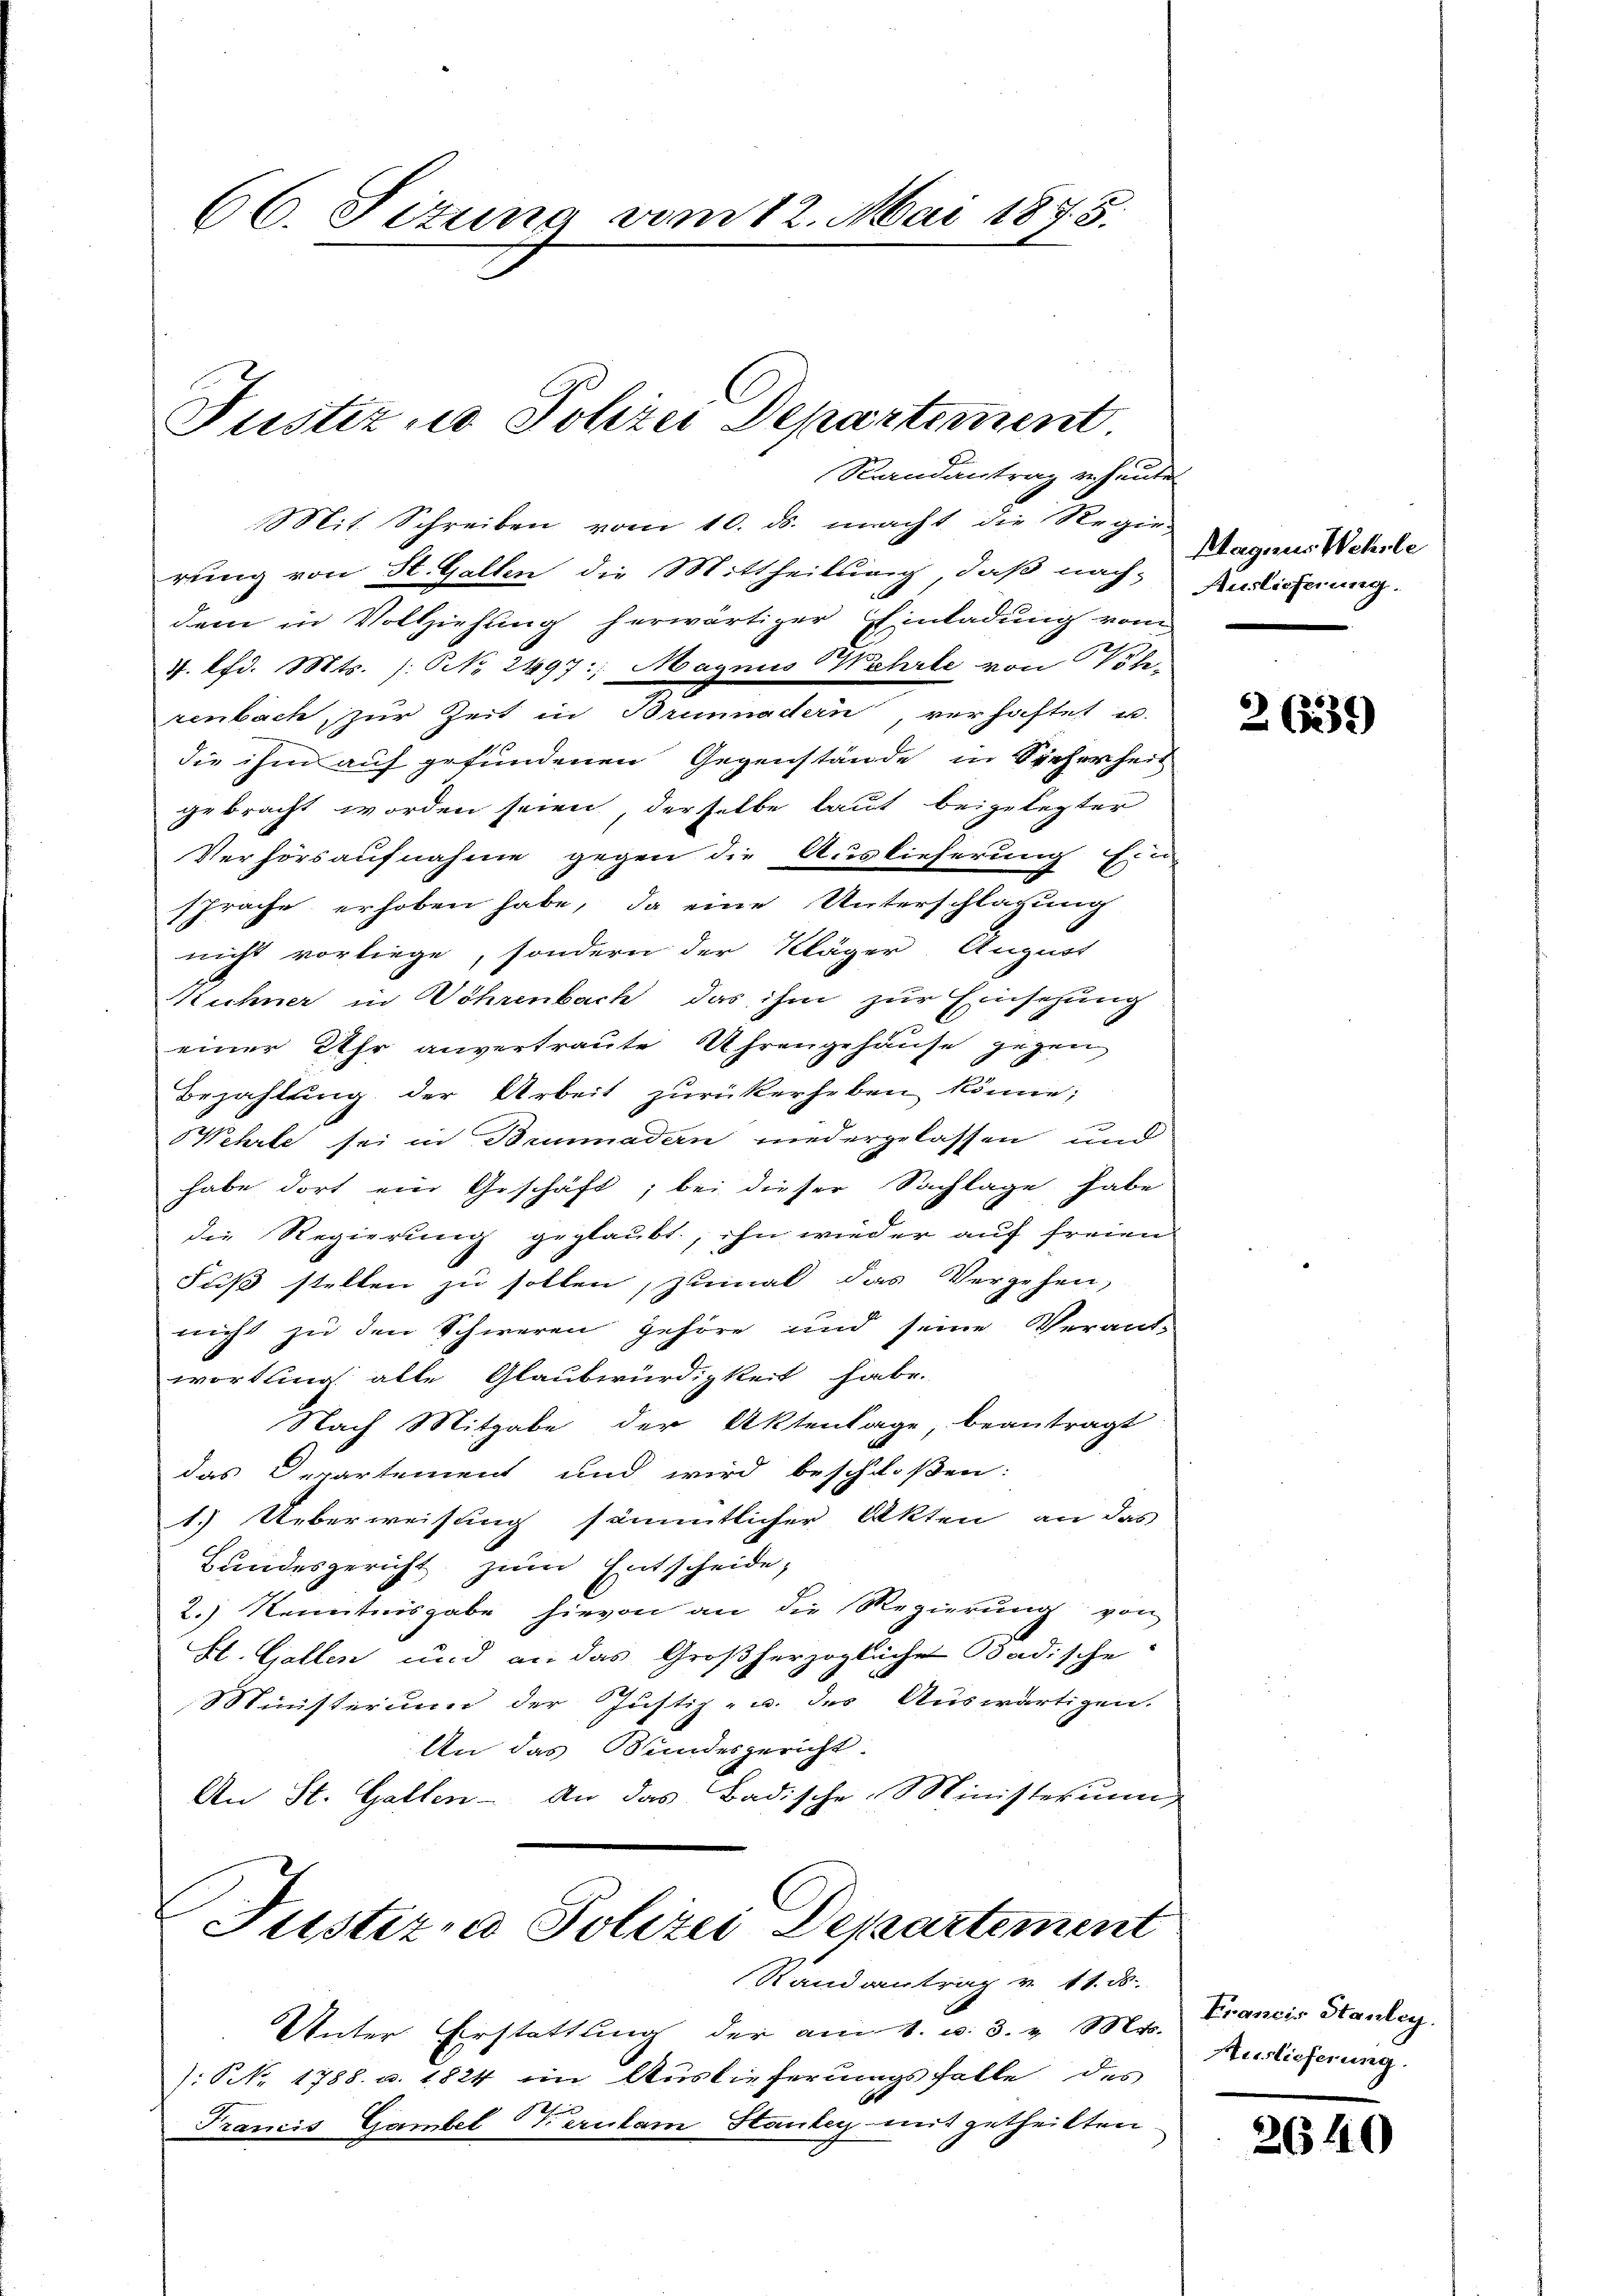
66. Sizung vom 12. Mai 1875.

Justiz u. Polizei Departement

Mit Schreiben vom 10. ds. macht die Regie-
rung von St. Gallen die Mittheilung, daß nach-
dem in Vollziehung herwärtiger Einladung vom
4. lfd. Mts. (: No 2497: Magnus Wehrte von Völ-
zenbach, zur Zeit in Brunnadtern verhaftet u.
die ihm auf gefundenen Gegenstände in Sicherheit
gebracht worden seien derselbe laut beigelegter
Verhörsaufnahme gegen die Auslieferung Ein-
sprache erhoben habe, da eine Unterschlagung
nicht vorliege, sondern der Kläger. August
ichner in Wöhrenbach das ihm zur Einsezung
einer Uhr anvertraute Uhrengehause gegen
Bezahlung der Arbeit zurückerheben könne;
ehrte sei in Baumadern niedergelassen und
habe dort ein Geschäft, bei dieser Sachlage habe
die Regierung geglaubt, ihn wieder auf freien
Fuß stellen zu sollen, zumal das Vergehen,
nicht zu den Schweren gehöre und seine Verant-
wortung alle Glaubwürdigkeit habe.
Nach Mitgabe der Aktenlage, beantragt
das Departement und wird beschloßen:
1.) Ueberweisung sämmtlicher Akten an das
Bundesgericht zum Entscheide,
2.) Kenntnisgabe hievon an die Regierŭng von
H. Gallen und an das Großherzogliche Badische
MMinisterium der Justiz- u. des Auswärtigen.
An das Bundesgericht.
An St. Gallen- An das Badische Ministerium
Justiza Polizei Departement
Randantrag v. 11. ds.
Unter Erstattung der am 4. u. 3. v. Mts.
NNNo. 1788. u. 1824 im Auslieferungsfalle des
Francis Gambel Verulam Stander mit getheilten

Randantrag ze heute

Stagnus Wehrle
Auslieferung.

26535)

Francis Stanley.
Auslieferung.

2640